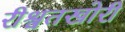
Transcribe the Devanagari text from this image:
रीश्वतखोरी